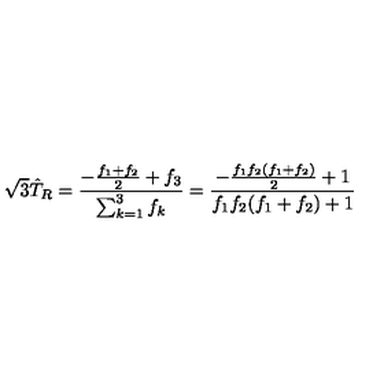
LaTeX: \sqrt { 3 } \hat { T } _ { R } = { \frac { - { \frac { f _ { 1 } + f _ { 2 } } { 2 } } + f _ { 3 } } { \sum _ { k = 1 } ^ { 3 } f _ { k } } } = { \frac { - { \frac { f _ { 1 } f _ { 2 } ( f _ { 1 } + f _ { 2 } ) } { 2 } } + 1 } { f _ { 1 } f _ { 2 } ( f _ { 1 } + f _ { 2 } ) + 1 } }